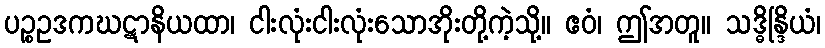
ပဉ္စဥဒကဃဋာနိယထာ၊ ငါးလုံးငါးလုံးသောအိုးတို့ကဲ့သို့။ ဧဝံ၊ ဤအတူ။ သဒ္ဓိန္ဒြိယံ၊